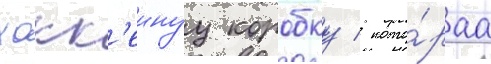
хокк'еинуу коробку / кото́раа